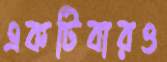
একটিবারও